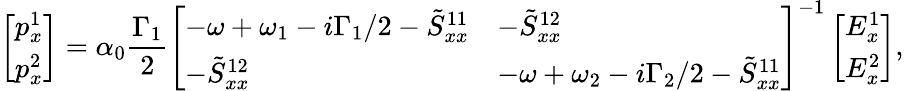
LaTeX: \left[\begin{array}{l}{p_{x}^{1}}\\ {p_{x}^{2}}\end{array}\right]=\alpha_{0}\frac{\Gamma_{1}}{2}\left[\begin{array}{ll}{-\omega+\omega_{1}-i\Gamma_{1}/2-\tilde{S}_{xx}^{11}}&{-\tilde{S}_{xx}^{12}}\\ {-\tilde{S}_{xx}^{12}}&{-\omega+\omega_{2}-i\Gamma_{2}/2-\tilde{S}_{xx}^{11}}\end{array}\right]^{-1}\left[\begin{array}{l}{E_{x}^{1}}\\ {E_{x}^{2}}\end{array}\right],